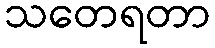
သတေရတာ